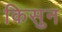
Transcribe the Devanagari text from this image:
किसुन